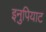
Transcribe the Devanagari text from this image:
इनुपियाट